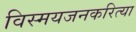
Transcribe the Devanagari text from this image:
विस्मयजनकरित्या